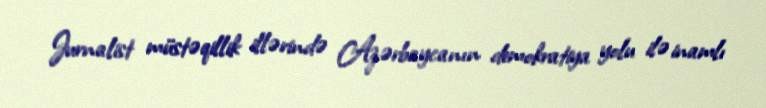
Jurnalist müstəqillik illərində Azərbaycanın demokratiya yolu ilə inamlı